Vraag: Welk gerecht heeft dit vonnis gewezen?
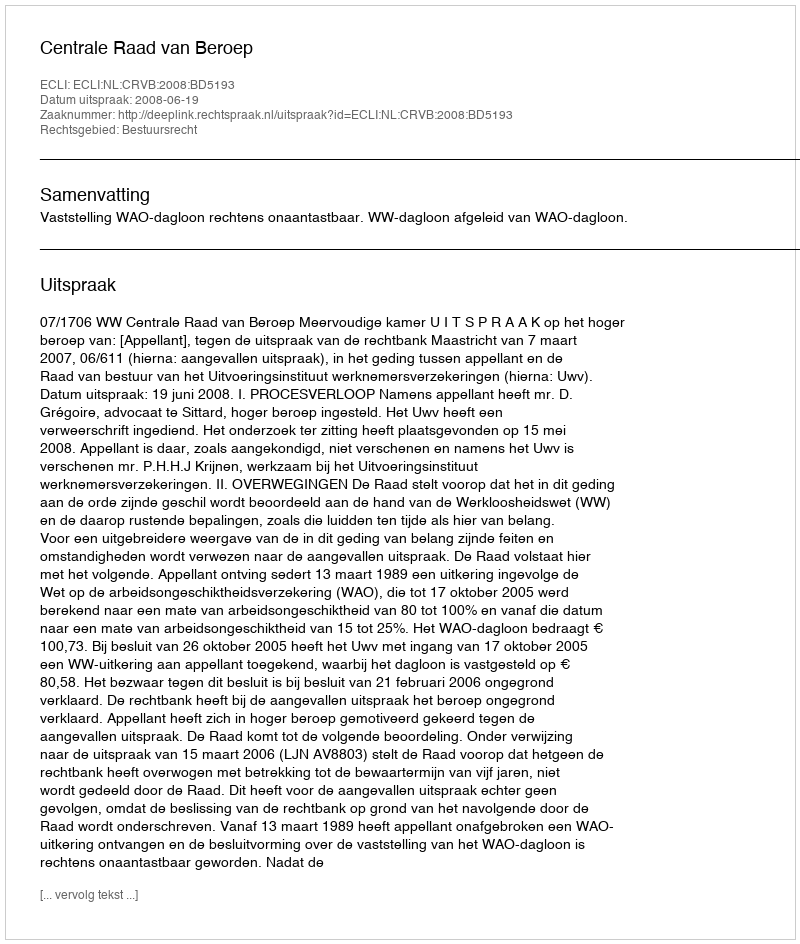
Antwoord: Centrale Raad van Beroep